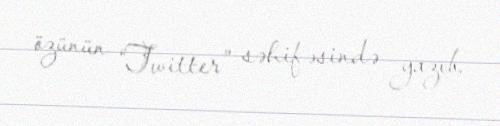
özünün “Twitter” səhifəsində yazıb.